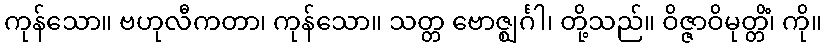
ကုန်သော။ ဗဟုလီကတာ၊ ကုန်သော။ သတ္တ ဗောဇ္ဈင်္ဂါ၊ တို့သည်။ ဝိဇ္ဇာဝိမုတ္တိံ၊ ကို။